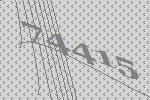
74415